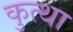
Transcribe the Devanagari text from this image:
कुत्था